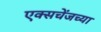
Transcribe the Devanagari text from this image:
एक्सचेंजच्या